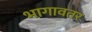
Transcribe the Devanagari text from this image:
भागावतर